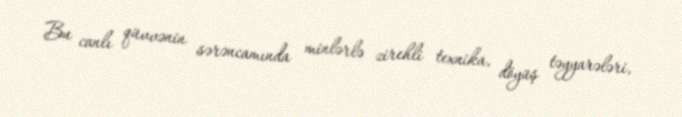
Bu canlı qüvvənin sərəncamında minlərlə zirehli texnika, döyüş təyyarələri,